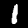
Label: 1